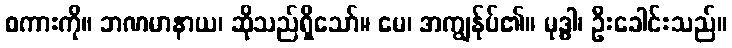
စကားကို။ ဘဏမာနာယ၊ ဆိုသည်ရှိသော်။ မေ၊ အကျွန်ုပ်၏။ မုဒ္ဓါ၊ ဦးခေါင်းသည်။